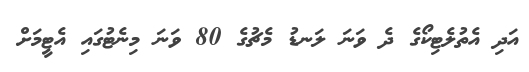
އަދި އެތުލެޓިކޯގެ ދެ ވަނަ ލަނޑު މެޗުގެ 80 ވަނަ މިނެޓުގައި އެޓީމަށް